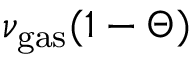
\nu _ { \mathrm { g a s } } ( 1 - \Theta )